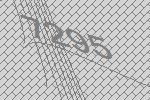
7295